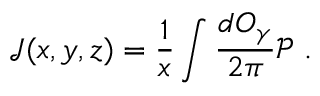
\mathcal { J } ( x , y , z ) = \frac { 1 } { x } \int \frac { d O _ { \gamma } } { 2 \pi } \mathcal { P } \ .